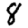
Digit: 8